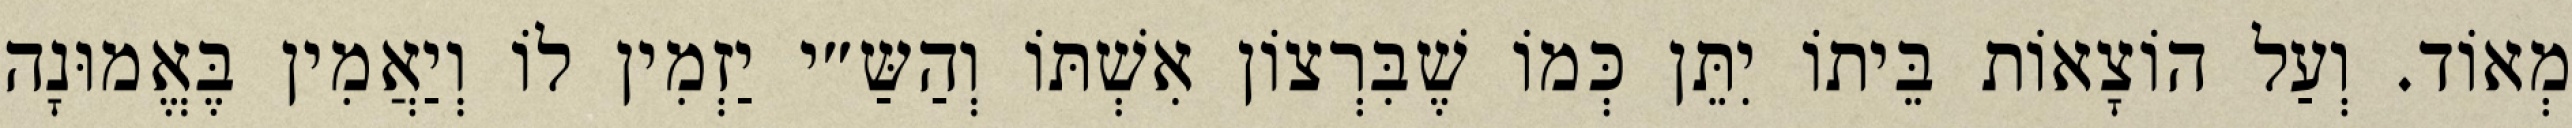
מְאוֹד. וְעַל הוֹצָאוֹת בֵּיתוֹ יִתֵּן כְּמוֹ שֶׁבִּרְצוֹן אִשְׁתּוֹ וְהַשַּ״י יַזְמִין לוֹ וְיַאֲמִין בֶּאֱמוּנָה